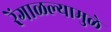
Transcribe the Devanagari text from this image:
रेंगाळल्यामुळे